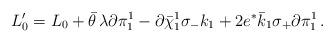
LaTeX: \begin{align*}L_0' = L_0 + \bar\theta \, \lambda \partial\pi_1^1 - \partial\bar\chi_1^1 \sigma_- k_1 + 2 e^* \bar k_1 \sigma_+ \partial \pi_1^1 \, .\end{align*}